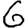
Digit: 6